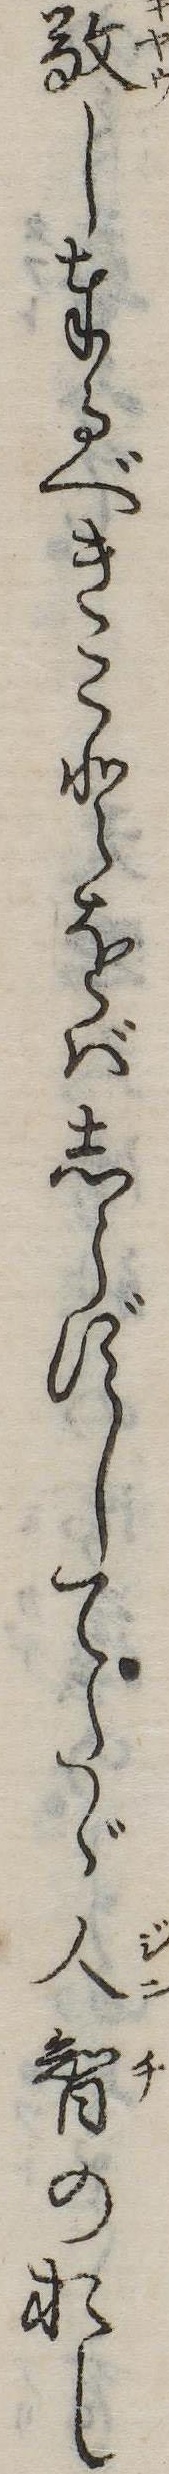
敬し奉るべきことをばしらずしてたゞ人智のおし